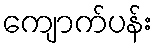
ကျောက်ပန်း